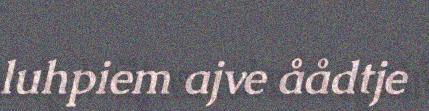
luhpiem ajve åådtje